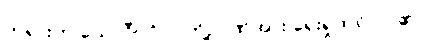
တရားဟု ယောဂီပုဂ္ဂိုလ်တို့ဉာဏ်အား ရှေးရှုထင်လာ၏။